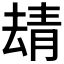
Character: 𩇘